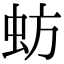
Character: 蚄